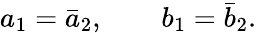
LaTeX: a_{1}=\bar{a}_{2},\qquad b_{1}=\bar{b}_{2}.